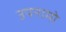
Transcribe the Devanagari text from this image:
उपनामो